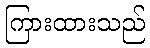
ကြားထားသည်